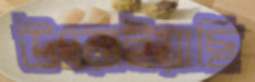
উৎরাইয়াছি